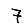
Digit: 7